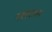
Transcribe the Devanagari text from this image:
रसरतन